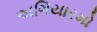
અગિયારમો